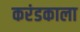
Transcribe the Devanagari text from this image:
करंडकाला